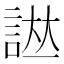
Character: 𧨌